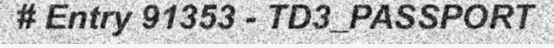
# Entry 91353 - TD3_PASSPORT